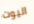
اليوت